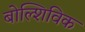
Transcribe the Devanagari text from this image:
बोल्शिविक